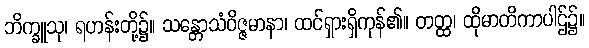
ဘိက္ခူသု၊ ရဟန်းတို့၌။ သန္တောသံဝိဇ္ဇမာနာ၊ ထင်ရှားရှိကုန်၏။ တတ္ထ၊ ထိုမာတိကာပါဌ်၌။